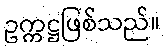
ဥက္ကဋ္ဌဖြစ်သည်။